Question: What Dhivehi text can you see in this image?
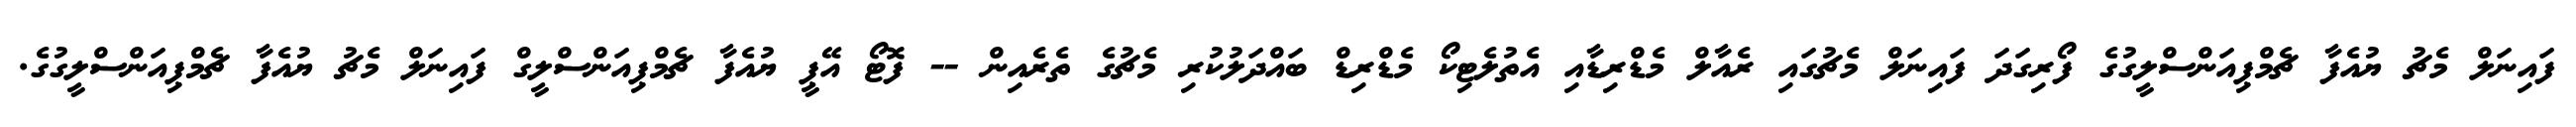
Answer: ފައިނަލް މެޗު ޔުއެފާ ޗެމްޕިއަންސްލީގުގެ ފޯރިގަދަ ފައިނަލް މެޗުގައި ރެއާލް މެޑްރިޑާއި އެތުލެޓިކޯ މެޑްރިޑް ބައްދަލުކުރި މެޗުގެ ތެރެއިން -- ފޮޓޯ އޭޕީ ޔުއެފާ ޗެމްޕިއަންސްލީގް ފައިނަލް މެޗު ޔުއެފާ ޗެމްޕިއަންސްލީގުގެ.